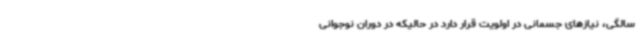
سالگی، نیازهای جسمانی در اولویت قرار دارد در حالیکه در دوران نوجوانی